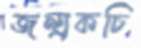
জন্য্রকচি